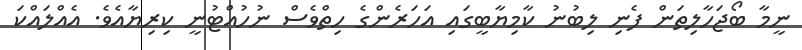
ނީމާ ބޯޖަހާލިތަން ފެނި ލިބުނު ކާމިޔާބީގައި އަހަރެންގެ ހިތްވެސް ނުހުއްޓުނީ ކިރިޔާއެވެ. އެއްލައްކަ